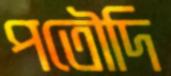
পতৌদি